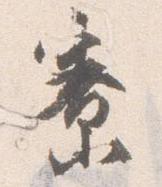
寮